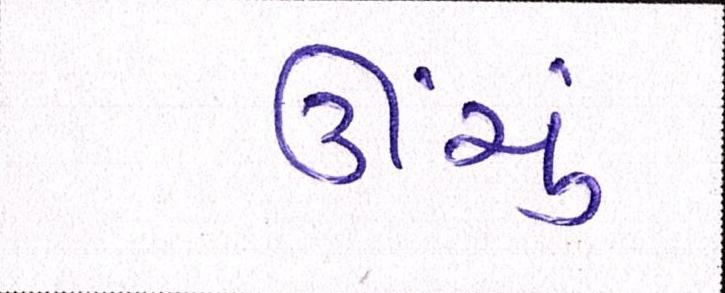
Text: ઊંચું